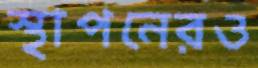
স্থাপনেরও